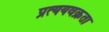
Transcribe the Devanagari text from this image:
प्रत्ययवक्रता